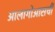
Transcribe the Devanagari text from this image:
आलागोआसची